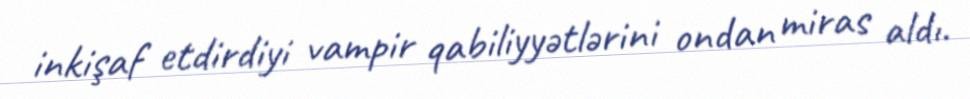
inkişaf etdirdiyi vampir qabiliyyətlərini ondan miras aldı.